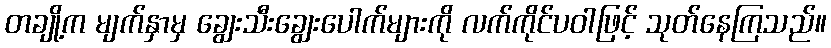
တချို့က မျက်နှာမှ ချွေးသီးချွေးပေါက်များကို လက်ကိုင်ပဝါဖြင့် သုတ်နေကြသည်။